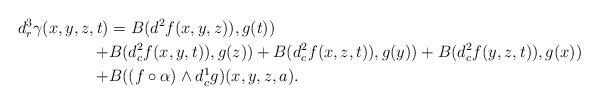
LaTeX: \begin{align*}d^{3}_{r}\gamma(x,y,z,t)&=B(d^2f(x,y,z)),g(t))\\+&B(d^2_{c}f(x,y,t)),g(z))+B(d^2_{c}f(x,z,t)),g(y))+B(d^2_{c}f(y,z,t)),g(x))\\+&B((f\circ \alpha) \wedge d^{1}_{c} g )(x,y,z,a).\end{align*}